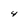
Character: 4